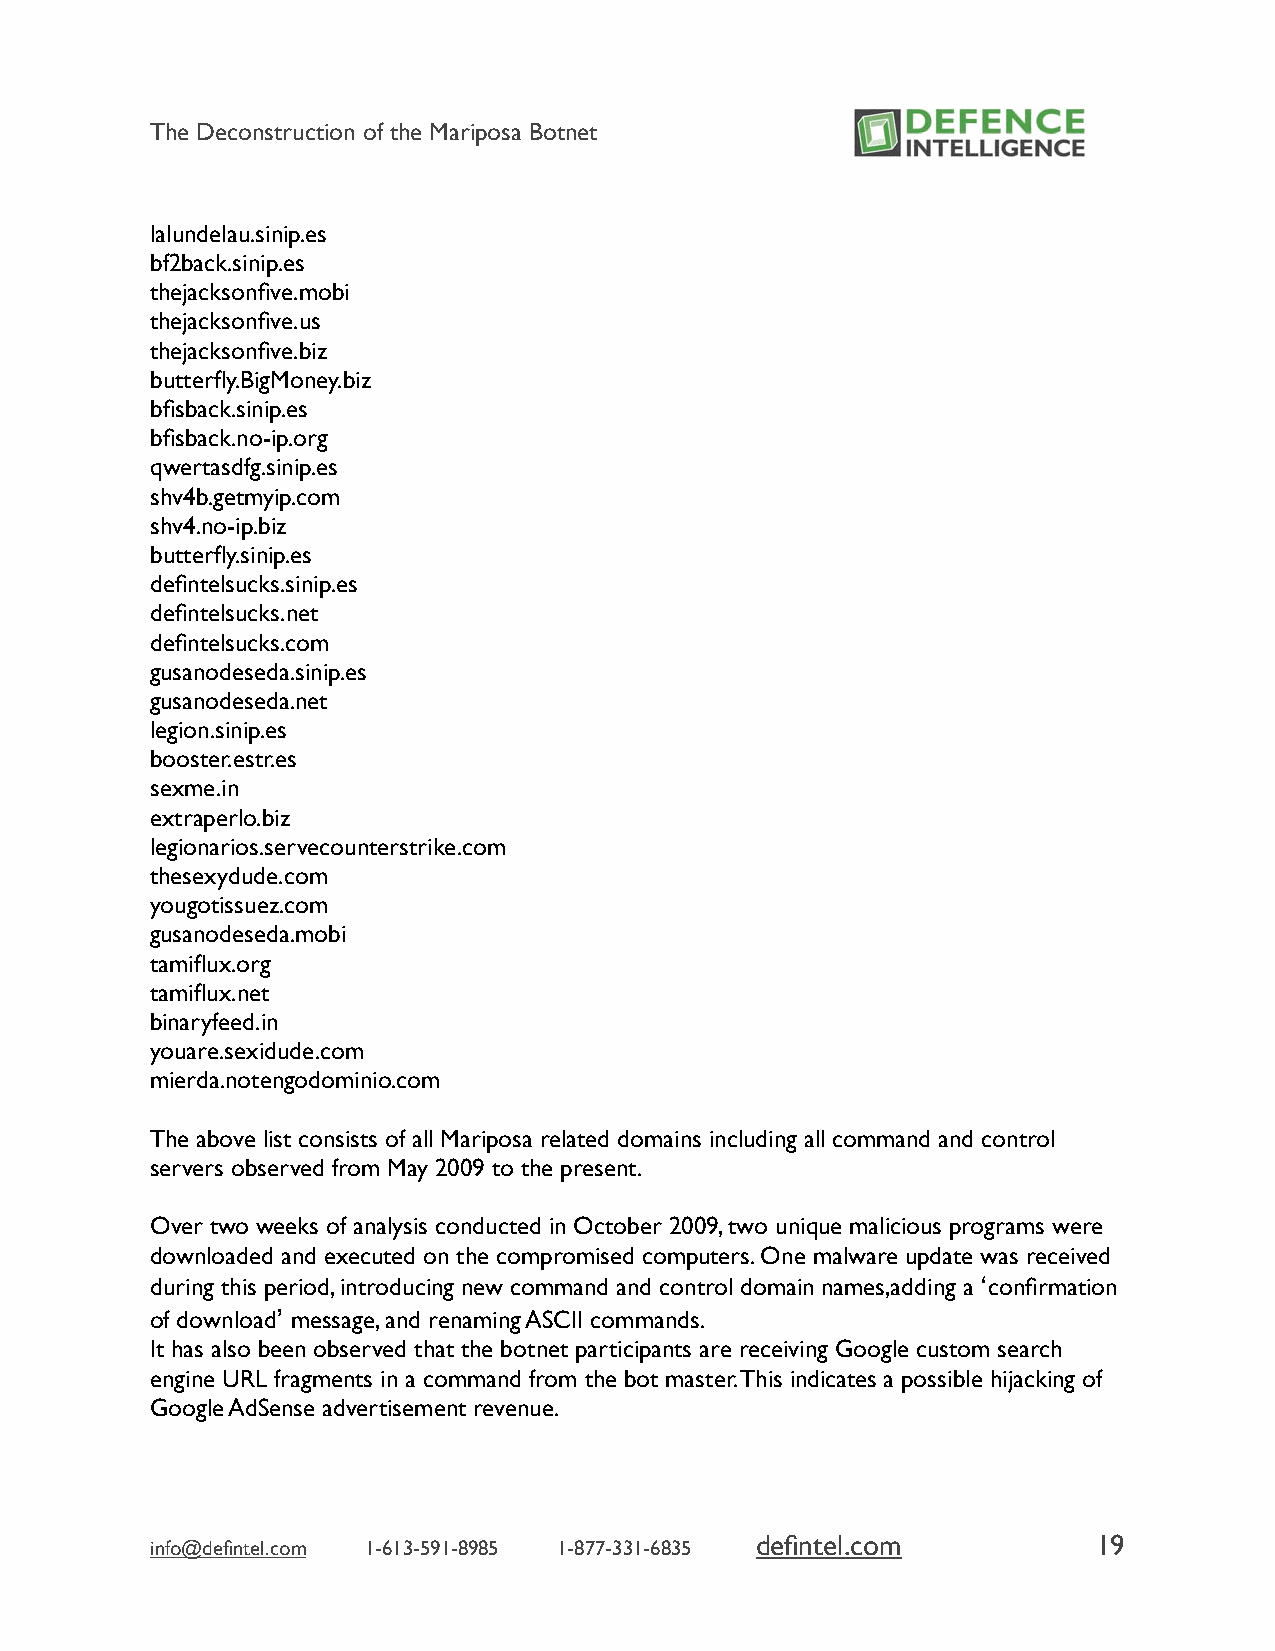
The Deconstruction of the Mariposa Botnet
 lalundelau.sinip.es
 bf2back.sinip.es
 thejacksonfive.mobi
 thejacksonfive.us
 thejacksonfive.biz
 butterfly.BigMoney.biz
 bfisback.sinip.es
 bfisback.no-ip.org
 qwertasdfg.sinip.es
 shv4b.getmyip.com
 shv4.no-ip.biz
 butterfly.sinip.es
 defintelsucks.sinip.es
 defintelsucks.net
 defintelsucks.com
 gusanodeseda.sinip.es
 gusanodeseda.net
 legion.sinip.es
 booster.estr.es
 sexme.in
 extraperlo.biz
 legionarios.servecounterstrike.com
 thesexydude.com
 yougotissuez.com
 gusanodeseda.mobi
 tamiflux.org
 tamiflux.net
 binaryfeed.in
 youare.sexidude.com
 mierda.notengodominio.com
 The above list consists of all Mariposa related domains including all command and control
 servers observed from May 2009 to the present.
 Over two weeks of analysis conducted in October 2009, two unique malicious programs were
 downloaded and executed on the compromised computers. One malware update was received
 during this period, introducing new command and control domain names,adding a ‘confirmation
 of download’ message, and renaming ASCII commands.
 It has also been observed that the botnet participants are receiving Google custom search
 engine URL fragments in a command from the bot master. This indicates a possible hijacking of
 Google AdSense advertisement revenue.
 defintel.com           19
 info@defintel.com 1-613-591-8985 1-877-331-6835